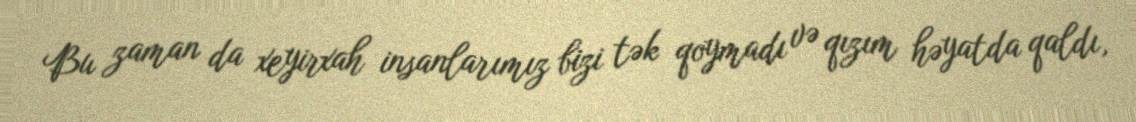
Bu zaman da xeyirxah insanlarımız bizi tək qoymadı və qızım həyatda qaldı,